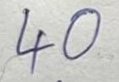
40